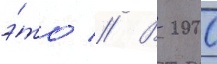
э́то // В 2000